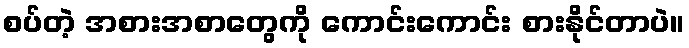
စပ်တဲ့ အစားအစာတွေကို ကောင်းကောင်း စားနိုင်တာပဲ။